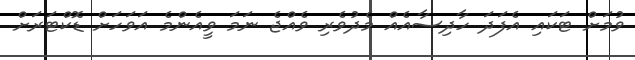
ވުމަށް ޓަކައި އެފަދަ ހާދިސާއެއް މެދުވެރި ވެއްޖެ ނަމަ ވީއެންމެ އަވަހަށް ޑޮކްޓަރަށް